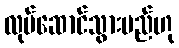
လုပ်ဆောင်သွားမည်ဟု